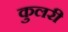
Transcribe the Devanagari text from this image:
कुलरी